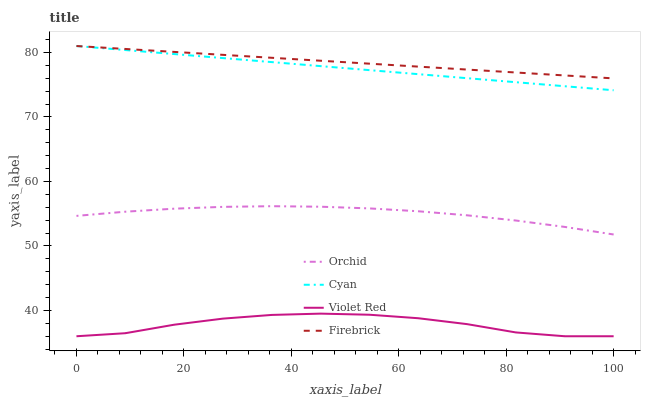
| xaxis_label | Orchid | Cyan | Violet Red | Firebrick |
 | --- | --- | --- | --- | --- |
 | 0 | 54.7 | 81 | 36 | 81 |
 | 9.09 | 55.3 | 80.4 | 36.5 | 80.5 |
 | 18.2 | 55.8 | 79.8 | 37.8 | 80.1 |
 | 27.3 | 56.1 | 79.1 | 38.7 | 79.6 |
 | 36.4 | 56.2 | 78.5 | 39.3 | 79.2 |
 | 45.5 | 56.1 | 77.9 | 39.5 | 78.7 |
 | 54.5 | 55.8 | 77.3 | 39.3 | 78.3 |
 | 63.6 | 55.4 | 76.6 | 38.8 | 77.8 |
 | 72.7 | 54.8 | 76 | 37.9 | 77.3 |
 | 81.8 | 53.9 | 75.4 | 36.6 | 76.9 |
 | 90.9 | 53 | 74.8 | 36 | 76.4 |
 | 100 | 51.8 | 74.1 | 36 | 76 |